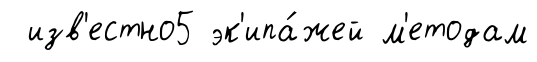
изв'естно5 эк'ипа́жей м'етодам